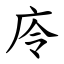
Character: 㡵